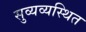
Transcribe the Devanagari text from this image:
सुव्यव्यस्थित